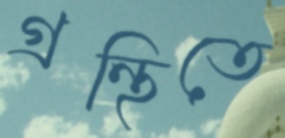
গ্রন্থিতে